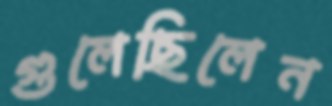
গুলেছিলেন